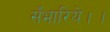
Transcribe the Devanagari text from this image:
सँभारिये।।